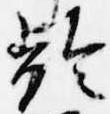
齢